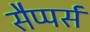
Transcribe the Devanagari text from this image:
सैप्पर्स